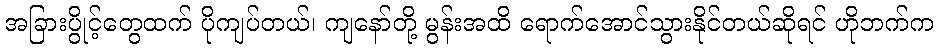
အခြားပွိုင့်တွေထက် ပိုကျပ်တယ်၊ ကျနော်တို့ မွန်းအထိ ရောက်အောင်သွားနိုင်တယ်ဆိုရင် ဟိုဘက်က